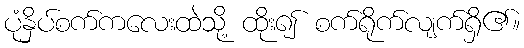
ပုံနှိပ်စက်ကလေးထဲသို့ ထိုး၍ စက်ရိုက်လျက်ရှိ၏။